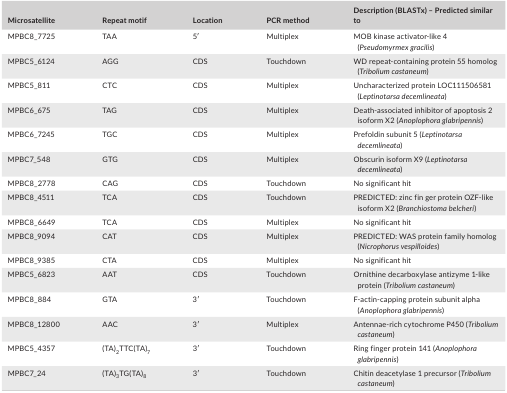
<table><thead><tr><td><b>Microsatellite</b></td><td><b>Repeat motif</b></td><td><b>Location</b></td><td><b>PCR method</b></td><td><b>Description (BLASTx) – Predicted similar to</b></td></tr></thead><tbody><tr><td>MPBC8_7725</td><td>TAA</td><td>5′</td><td>Multiplex</td><td>MOB kinase activator‐like 4 (<i>Pseudomyrmex gracilis</i>)</td></tr><tr><td>MPBC5_6124</td><td>AGG</td><td>CDS</td><td>Touchdown</td><td>WD repeat‐containing protein 55 homolog (<i>Tribolium castaneum</i>)</td></tr><tr><td>MPBC5_811</td><td>CTC</td><td>CDS</td><td>Multiplex</td><td>Uncharacterized protein LOC111506581 (<i>Leptinotarsa decemlineata</i>)</td></tr><tr><td>MPBC6_675</td><td>TAG</td><td>CDS</td><td>Multiplex</td><td>Death‐associated inhibitor of apoptosis 2 isoform X2 (<i>Anoplophora glabripennis</i>)</td></tr><tr><td>MPBC6_7245</td><td>TGC</td><td>CDS</td><td>Multiplex</td><td>Prefoldin subunit 5 (<i>Leptinotarsa decemlineata</i>)</td></tr><tr><td>MPBC7_548</td><td>GTG</td><td>CDS</td><td>Multiplex</td><td>Obscurin isoform X9 (<i>Leptinotarsa decemlineata</i>)</td></tr><tr><td>MPBC8_2778</td><td>CAG</td><td>CDS</td><td>Touchdown</td><td>No significant hit</td></tr><tr><td>MPBC8_4511</td><td>TCA</td><td>CDS</td><td>Touchdown</td><td>PREDICTED: zinc fin ger protein OZF‐like isoform X2 (<i>Branchiostoma belcheri</i>)</td></tr><tr><td>MPBC8_6649</td><td>TCA</td><td>CDS</td><td>Multiplex</td><td>No significant hit</td></tr><tr><td>MPBC8_9094</td><td>CAT</td><td>CDS</td><td>Multiplex</td><td>PREDICTED: WAS protein family homolog (<i>Nicrophorus vespilloides</i>)</td></tr><tr><td>MPBC8_9385</td><td>CTA</td><td>CDS</td><td>Multiplex</td><td>No significant hit</td></tr><tr><td>MPBC5_6823</td><td>AAT</td><td>CDS</td><td>Touchdown</td><td>Ornithine decarboxylase antizyme 1‐like protein (<i>Tribolium castaneum</i>)</td></tr><tr><td>MPBC8_884</td><td>GTA</td><td>3′</td><td>Touchdown</td><td>F‐actin‐capping protein subunit alpha (<i>Anoplophora glabripennis</i>)</td></tr><tr><td>MPBC8_12800</td><td>AAC</td><td>3′</td><td>Multiplex</td><td>Antennae‐rich cytochrome P450 (<i>Tribolium castaneum</i>)</td></tr><tr><td>MPBC5_4357</td><td>(TA)<sub>2</sub>TTC(TA)<sub>7</sub></td><td>3′</td><td>Touchdown</td><td>Ring finger protein 141 (<i>Anoplophora glabripennis</i>)</td></tr><tr><td>MPBC7_24</td><td>(TA)<sub>3</sub>TG(TA)<sub>8</sub></td><td>3′</td><td>Touchdown</td><td>Chitin deacetylase 1 precursor (<i>Tribolium castaneum</i>)</td></tr></tbody></table>